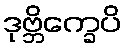
ဒုဗ္ဘိက္ခေပိ